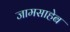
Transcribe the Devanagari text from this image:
जामसाहेब